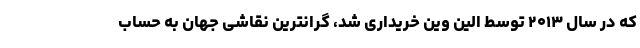
که در سال ۲۰۱۳ توسط الین وین خریداری شد، گرانترین نقاشی جهان به حساب